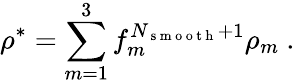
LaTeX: \rho^{*}=\sum_{m=1}^{3}f_{m}^{N_{\mathrm{~s~m~o~o~t~h~}}+1}\rho_{m}\mathrm{~.~}